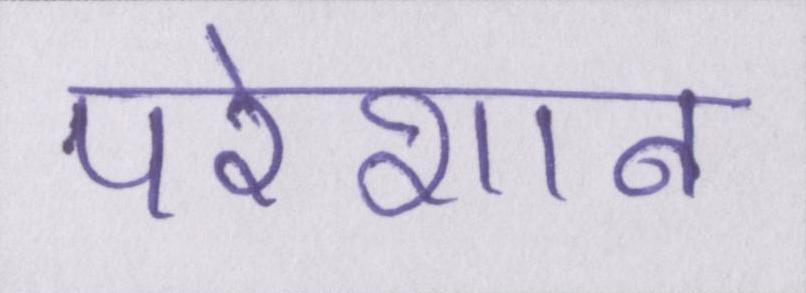
परेशान